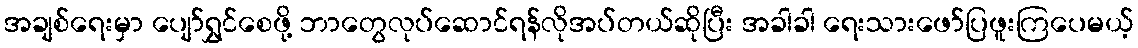
အချစ်ရေးမှာ ပျော်ရွှင်စေဖို့ ဘာတွေလုပ်ဆောင်ရန်လိုအပ်တယ်ဆိုပြီး အခါခါ ရေးသားဖော်ပြဖူးကြပေမယ့်